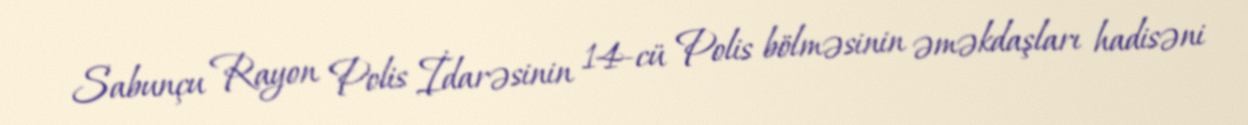
Sabunçu Rayon Polis İdarəsinin 14-cü Polis bölməsinin əməkdaşları hadisəni